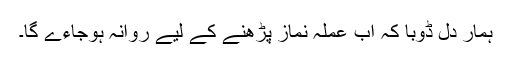
ہمار دل ڈوبا کہ اب عملہ نماز پڑھنے کے لیے روانہ ہوجاءے گا۔